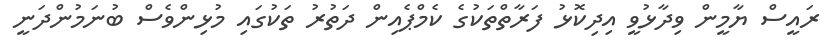
ރައީސް ޔާމީން ވިދާޅުވީ އިދިކޮޅު ފަރާތްތަކުގެ ކެމްޕެއިން ދަތުރު ތަކުގައި މުޅިންވެސް ބުނަމުންދަނީ